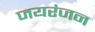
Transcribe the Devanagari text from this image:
जयरंजन